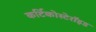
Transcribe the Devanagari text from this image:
कर्टिकोस्टेरॉइड